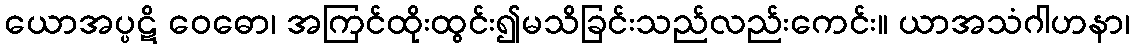
ယောအပ္ပဋိ ဝေဓော၊ အကြင်ထိုးထွင်း၍မသိခြင်းသည်လည်းကေင်း။ ယာအသံဂါဟနာ၊